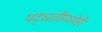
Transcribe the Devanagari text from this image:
पद्धतीमध्येही